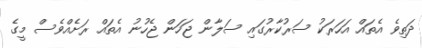
ދަތިވެ އެތައް އަހަރަކު ސަރުކާރުގައި ސަލާން ޖަހަން ޖެހުނު އެތައް ރަށެއްވެސް މީގެ